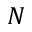
N